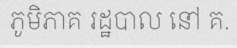
ភូមិភាគ រដ្ឋបាល នៅ គ.